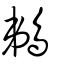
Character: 鵜